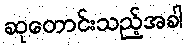
ဆုတောင်းသည့်အခါ